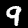
Digit: 9